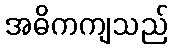
အဓိကကျသည်